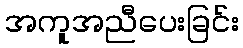
အကူအညီပေးခြင်း